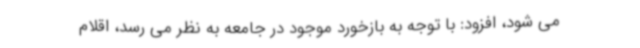
می شود، افزود: با توجه به بازخورد موجود در جامعه به نظر می رسد، اقلام